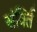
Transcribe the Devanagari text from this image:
संर्क्ति